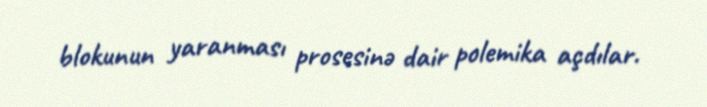
blokunun yaranması prosesinə dair polemika açdılar.